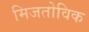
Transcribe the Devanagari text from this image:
मिजतोविक